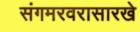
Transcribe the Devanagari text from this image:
संगमरवरासारखे